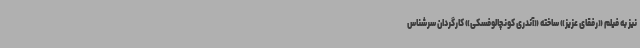
نیز به فیلم «رفقای عزیز» ساخته «آندری کونچالوفسکی» کارگردان سرشناس